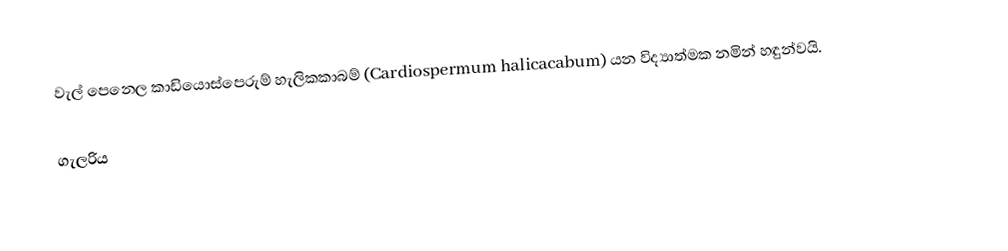
වැල් පෙනෙල කාඩියොස්පෙරුම් හැලිකකාබම් (Cardiospermum halicacabum) යන විද්‍යාත්මක නමින් හඳුන්වයි.

ගැලරිය